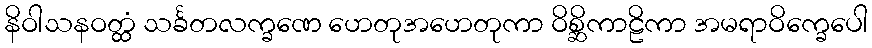
နိဝါသနဝတ္ထံ သင်္ခတလက္ခဏေ ဟေတုအဟေတုကာ ဝိစ္ဆိကာဠိကာ အမရာဝိက္ခေပေါ